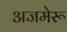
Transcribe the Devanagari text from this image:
अजमेरू